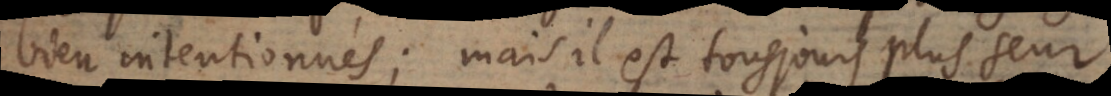
bien intentionnés; mais il est tousjours plus seur